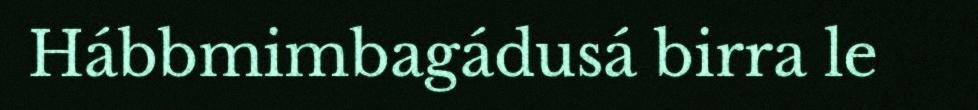
Hábbmimbagádusá birra le